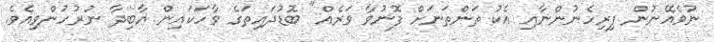
ނުވެއޭނުން ފިރިހެނުންނާއި އެކު ތަންތަނަށް ފޮނުވާ ވަރެއް" ބޮޑުދައިތަގެ ވާހަކައިން އާބިދާ ނުރުހުންވިއެވެ.